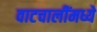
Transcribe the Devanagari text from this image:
वाटचालींमध्ये